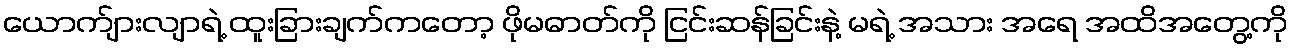
ယောက်ျားလျာရဲ့ ထူးခြားချက်ကတော့ ဖိုမဓာတ်ကို ငြင်းဆန်ခြင်းနဲ့ မရဲ့ အသား အရေ အထိအတွေ့ကို